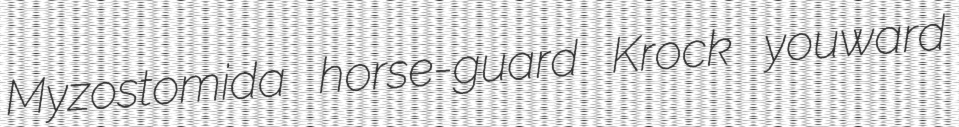
Myzostomida horse-guard Krock youward